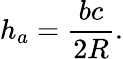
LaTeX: h_{a}={\frac{bc}{2R}}.